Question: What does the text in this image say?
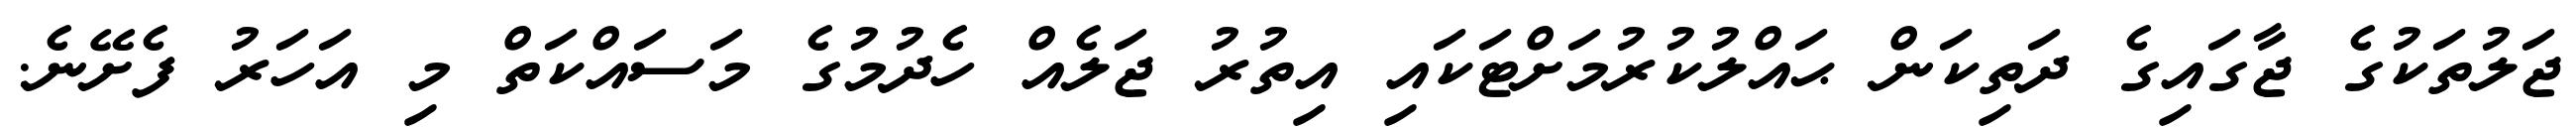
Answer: ޖަލުތަކުގެ ޖާގައިގެ ދަތިކަން ޙައްލުކުރުމަށްޓަކައި އިތުރު ޖަލެއް ހެދުމުގެ މަސައްކަތް މި އަހަރު ފެށޭނެ.